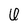
Character: 6